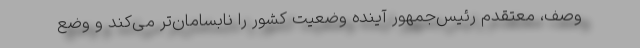
وصف، معتقدم رئیس‌جمهور آینده وضعیت کشور را نابسامان‌تر می‌کند و وضع